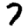
Digit: 7